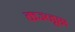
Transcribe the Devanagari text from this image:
कञ्जूस